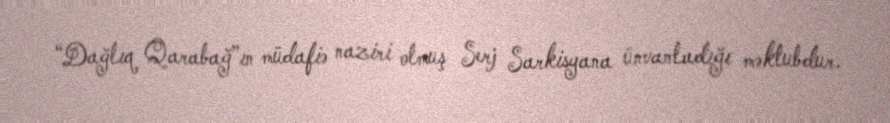
“Dağlıq Qarabağ”ın müdafiə naziri olmuş Serj Sarkisyana ünvanladığı məktubdur.